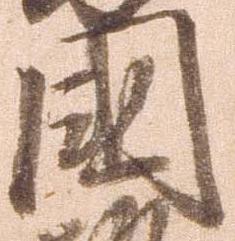
国